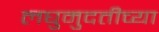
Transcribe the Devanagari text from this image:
लघुमुदतीच्‍या